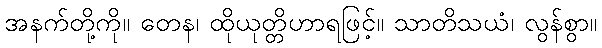
အနက်တို့ကို။ တေန၊ ထိုယုတ္တိဟာရဖြင့်။ သာတိသယံ၊ လွန်စွာ။